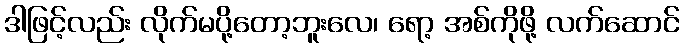
ဒါဖြင့်လည်း လိုက်မပို့တော့ဘူးလေ၊ ရော့ အစ်ကိုဖို့ လက်ဆောင်